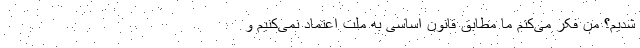
شدیم؟ من فکر می‌کنم ما مطابق قانون اساسی به ملت اعتماد نمی‌کنیم و